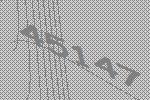
45147